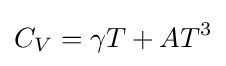
C_{V}=\gamma T+AT^{3}